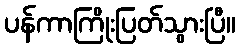
ပန်ကာကြိုးပြတ်သွားပြီ။